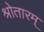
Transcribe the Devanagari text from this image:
श्रोतारम्